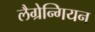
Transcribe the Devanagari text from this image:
लैग्रेन्गियन